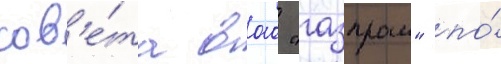
сов'е́та оао "газпром" по́